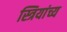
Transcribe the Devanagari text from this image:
स्त्रियांच्य